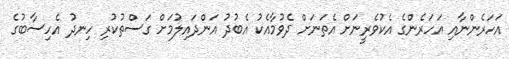
އަހަރެންނާއި އަހަރެންގެ އެކުވެރީނަށް އެތަނަށް ދެވުމާއެކު އެބުދު އަންދައިލުމަށް ގަސްތުކުރި ހިނދު އެހިސާބުގެ